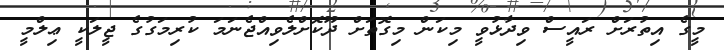
މީގެ އިތުރަށް ރައީސް ވިދާޅުވީ މިކަން މިގޮތަށް ދޫކޮށްލެވިއްޖެނަމަ ކުރިމަގުގެ ޖީލަކީ ޢިލްމީ